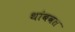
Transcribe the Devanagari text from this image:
थांबवत